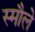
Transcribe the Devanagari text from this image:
स्मौले